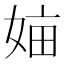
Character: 𡜿